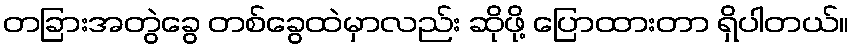
တခြားအတွဲခွေ တစ်ခွေထဲမှာလည်း ဆိုဖို့ ပြောထားတာ ရှိပါတယ်။